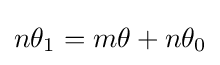
n\theta _{1}=m\theta +n\theta _{0}